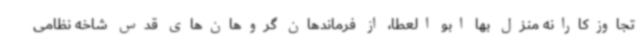
تجاوزکارانه منزل بها ابو العطا، از فرماندهان گروهان‌های قدس شاخه نظامی